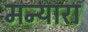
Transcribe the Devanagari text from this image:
मन्यारा